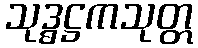
သုဒ္ဓဋ္ဌကသုတ္တ